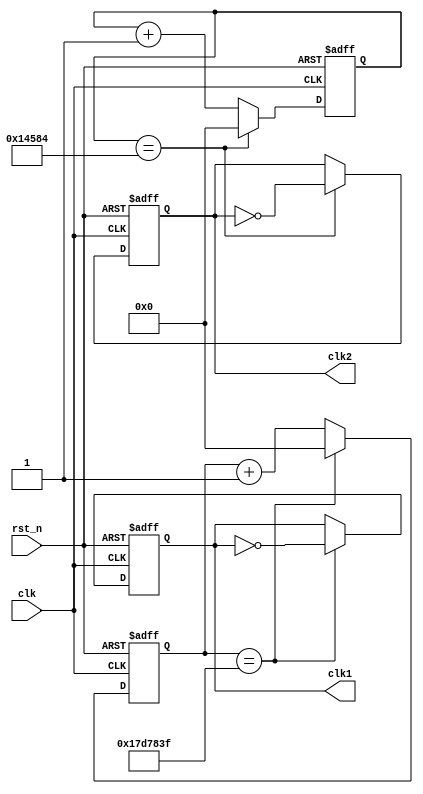
module timer
(
	input clk,
	input rst_n,
	output  reg clk1,
	output  reg clk2
);

localparam CYCLE2 = 50000000/100/6;
localparam CYCLE1 = 25000000;

reg [31:0] con1;
reg [31:0] con2;

always @(posedge clk or negedge rst_n)
begin
	if (rst_n == 1'b0)
	begin
		con1 <= 32'd0;
		con2 <= 32'd0;
		clk1 <= 1'b0;
		clk2 <= 1'b0;
	end
	else
	begin
		if (con1 == CYCLE1-1)
		begin
			con1<=32'd0;
			clk1 <=~clk1;
		end
		else
		begin
			con1<=con1+32'd1;
			clk1<=clk1;
		end
		if (con2 == CYCLE2-1)
		begin
			con2<=32'd0;
			clk2 <=~clk2;
		end
		else
		begin
			con2<=con2+32'd1;
			clk2 <=clk2;
		end
	end
end

endmodule